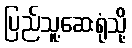
ပြည်သူ့ဆေးရုံသို့